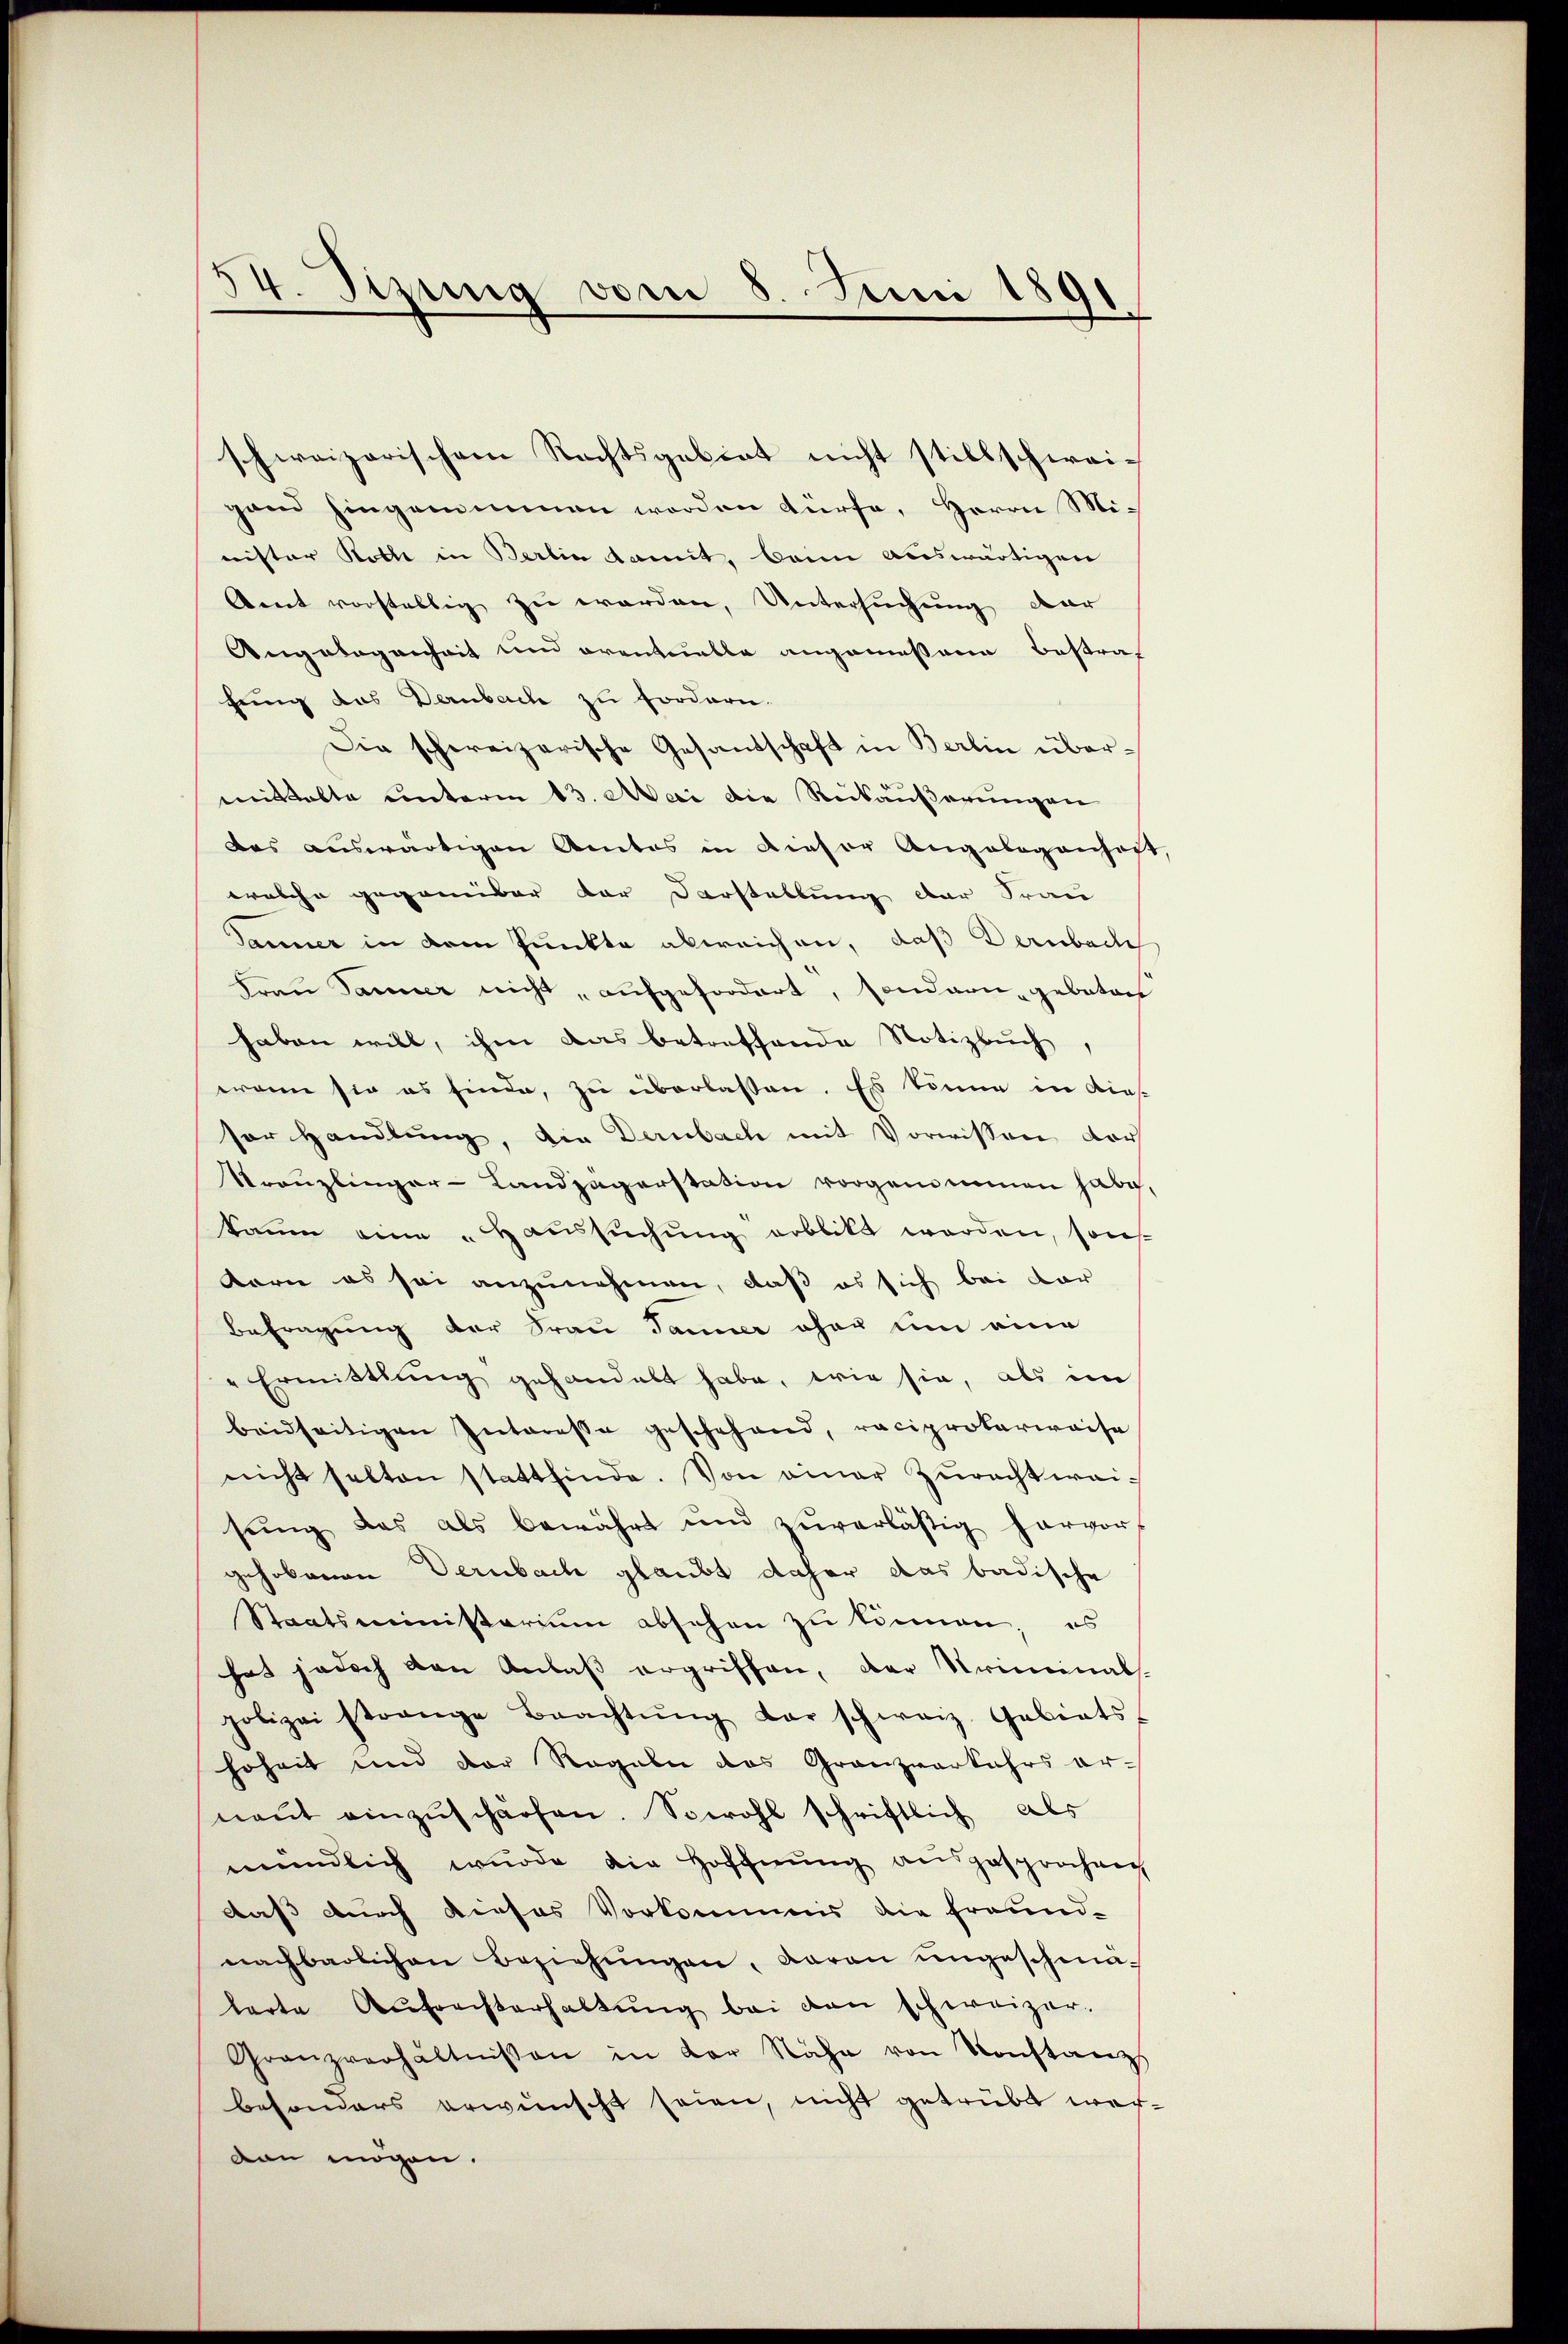
14. Jung vom 8. Juni 1891

schweizerischem Rechtsgebiet nicht stillschwei-
gand hingenommen worden dürfe, Herrn Mi-
nister Roth in Berlin damit, beim auswärtigen
Gent vorstellig zu worden, Untersuchung dar
Angelegenheit und orentuelle angemessene Bestraf
fung das Dernbach zu fordern.
Die schweizerische Gesandschaft in Berlin übermittalte unterm 13. Mai die Reibäußerungen
das auswärtigen Amtes in dieser Angebogenheit,
welche gegenüber der Darstellung der Frau
Janner in dem Punkte abweichen, daß Dernbache
Frau Jauner nicht, aufgefordert, sondern geboten
haben will, ihm das betreffende Notizbuch
wann sie es finde, zu überlassen. Es könne in diessor Handlung, die Dernbach mit Vorwissen der
Kranzlinger-Landjägerstation vorgenommen habe.
kaum eine „Haussuchung erblickt worden, sons
korie es sei anzunehmen, daß es sich bei dar
Befragung der Frau Jammer eher um eine
" Ermittlung gehandelt habe, wie sie, als im
beidseitigen Interessa geschehend, reciproterwaise
nicht selten stattfinde. Von einer Zŭrechtweisŭng das als bewährt und zŭverläsig hervor-
gehobenen Dernbach glaubt daher das badische
Staatsministerium absehen zu können, es
hat jedoch den Anlaß ergriffen, der Kriminals.
polizei strange Beachtŭng der schweiz. Gebiets
hoheit und der Regaler das Granzverkehrs ernaŭt einzŭschärfen. Sowohl schriftlich als
mündlich wurde die Hoffnung ausgesprochen
daß durch dieses Vorkommis die Freund-
nachbarlichen Beziehŭngen, daran ungeschmälarte Aŭfrechterhaltŭng bei den schweizer.
Granzverhältnissen in der Nähe von Konstanz
besonders erwünscht seien, nicht getrübt werdan mögen.